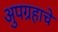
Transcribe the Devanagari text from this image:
अुपग्रहाचे